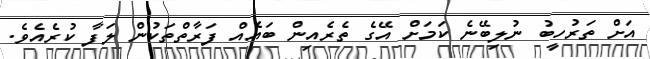
އަށް ތަރުހީބު ނުލިބޭނެ ކަމަށް އޭގެ ތެރެއިން ބައެއް ފަރާތްތަކުން ލަފާ ކުރެއެވެ.